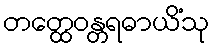
တတ္ထေဝန္တရဓာယိံသု